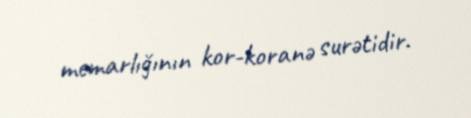
memarlığının kor-koranə surətidir.